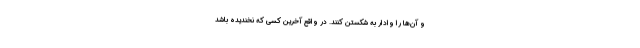
و آن‌ها را وادار به شکستن کنند. در واقع آخرین کسی که نخندیده باشد